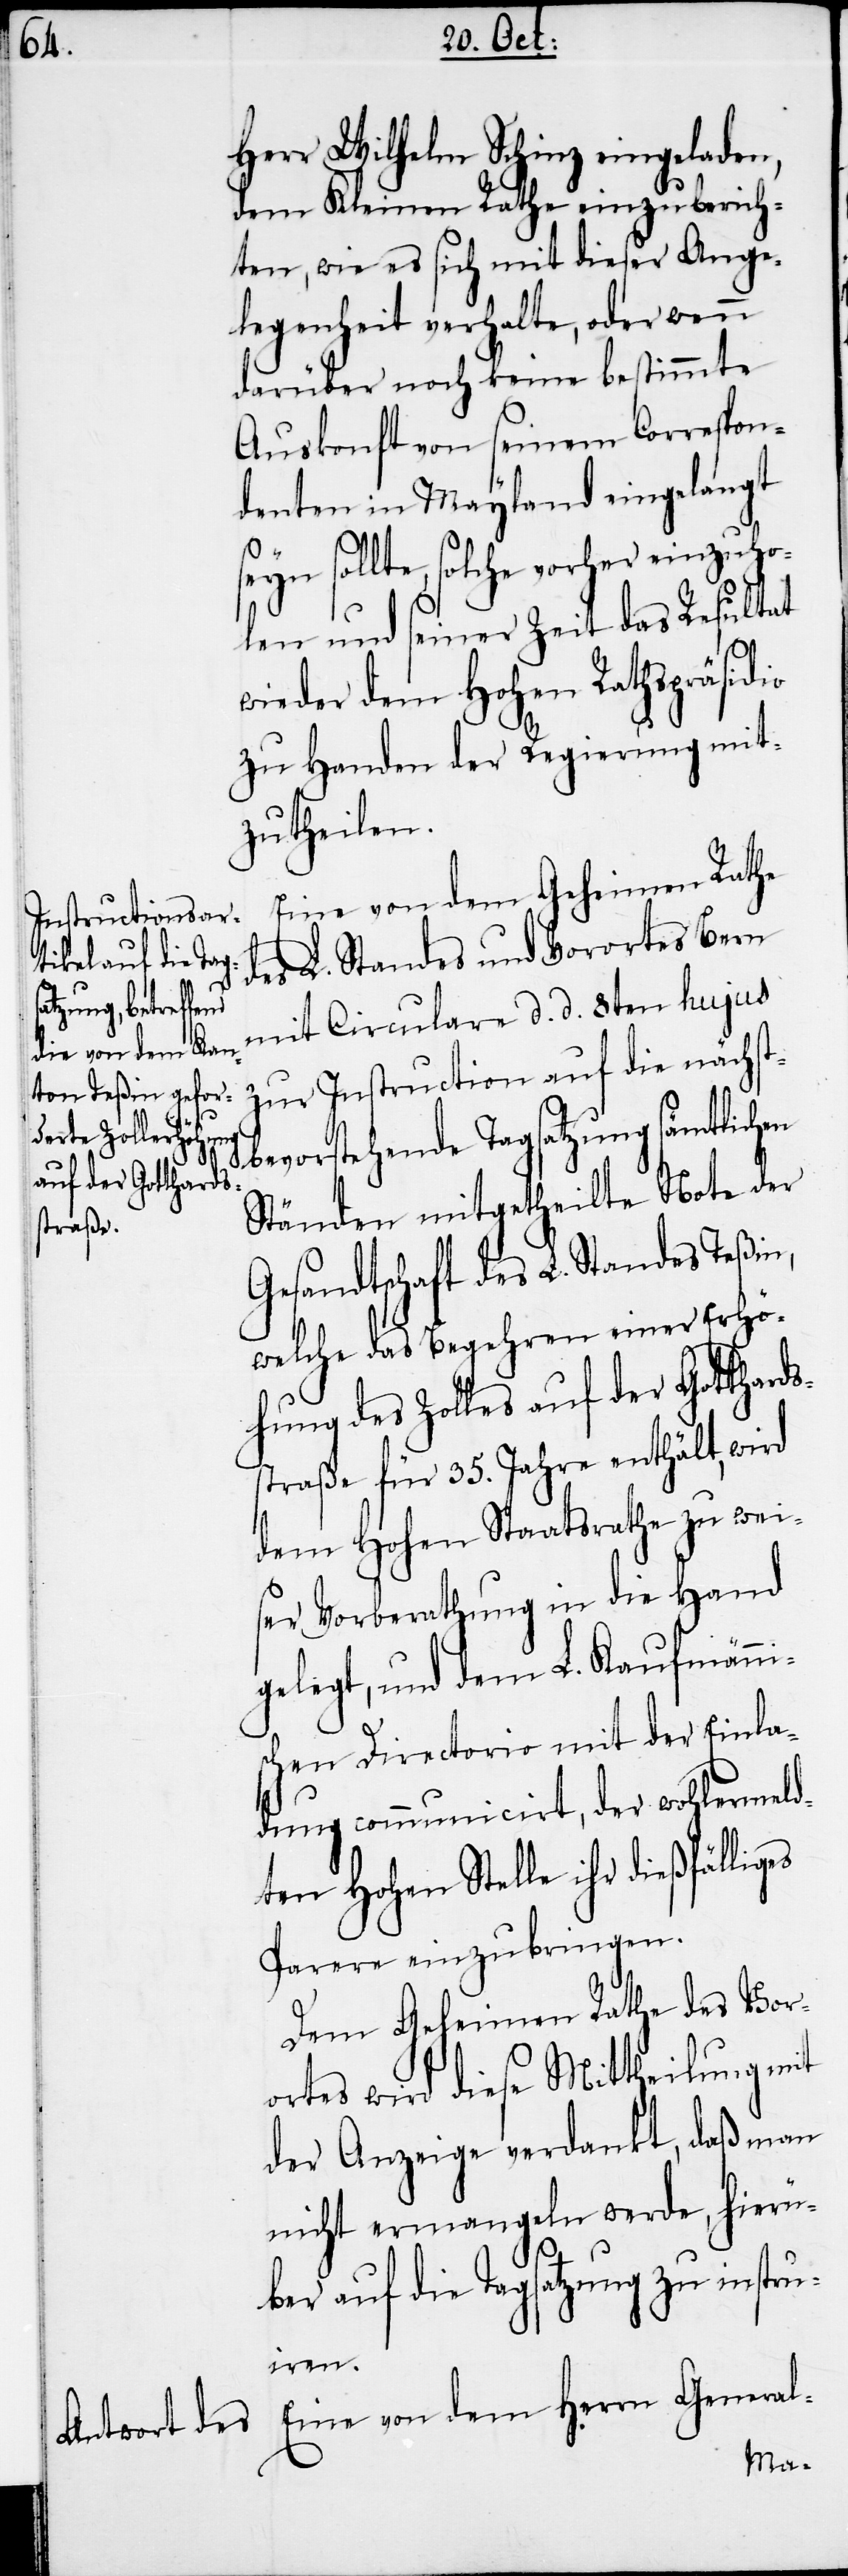
Herr Wilhelm Schinz eingeladen,
dem Kleinen Rathe einzuberich¬
ten, wie es sich mit dieser Ange¬
legenheit verhalte, oder wenn
darüber noch keine bestimmte
Auskonft von seinem Correspon¬
denten in Mayland eingelangt
seyn sollte, solche vorher einzuho¬
len und seiner Zeit das Resultat
wieder dem Hohen Rathspräsidio
zu Handen der Regierung mit¬
zutheilen.
Eine von dem Geheimen Rathe
des L. Standes und Vorortes Bern
rn General-
mit Circulare d. d. 8ten hujus
Eine von dem Her¬
zur Instruction auf die nächst¬
bevorstehende Tagsatzung sämtlichen
Ständen mitgetheilte Note der
Gesandtschaft des L. Standes Teßin,
welche das Begehren einer Erhö¬
hung des Zolles auf der Gotthards¬
straße für 35. Jahre enthält, wird
dem Hohen Staatsrathe zu weis¬
er Vorberathung in die Hand
gelegt, und dem L. Kaufmänni¬
schen Directorio mit der Einla¬
dung communicirt, der wohlermeld¬
ten Hohen Stelle ihr dießfälliges
Parere einzubringen.
Dem Geheimen Rathe des Vor¬
ortes wird diese Mittheilung mit
der Anzeige verdankt, daß man
nicht ermangeln werde, hierü¬
ber auf die Tagsatzung zu instru¬
iren.